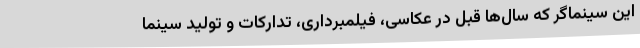
این سینماگر که سال‌ها قبل در عکاسی، فیلمبرداری، تدارکات و تولید سینما